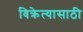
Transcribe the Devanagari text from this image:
विक्रेत्यासाठी